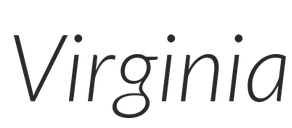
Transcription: Virginia